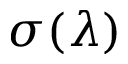
\sigma ( \lambda )